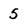
Character: 5